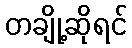
တချို့ဆိုရင်